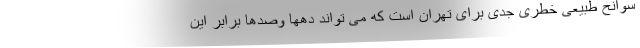
سوانح طبیعی خطری جدی برای تهران است که می تواند دهها وصدها برابر این